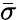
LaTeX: \bar{\sigma}